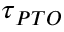
\boldsymbol { \tau } _ { P T O }